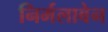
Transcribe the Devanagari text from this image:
निर्मलाबेन